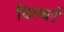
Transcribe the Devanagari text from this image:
विल्बर्ट